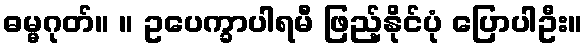
ဓမ္မဂုတ်။ ။ ဥပေက္ခာပါရမီ ဖြည့်နိုင်ပုံ ပြောပါဦး။